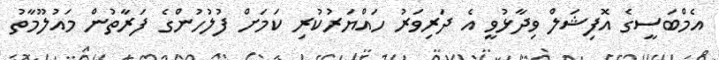
އެމްބަސީގެ އޮފިޝަލް ވިދާޅުވީ އެ ދަރިވަރު ހައްޔަރުކުރި ކަމަށް ފުލުހުންގެ ފަރާތުން މައުލޫމާތު